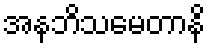
အနဘိသမေတာနိ